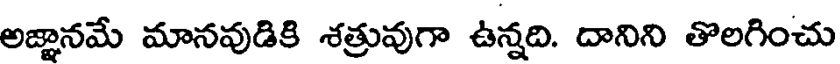
అజ్ఞానమే మానవుడికి శత్రువుగా ఉన్నది. దానిని తొలగించు